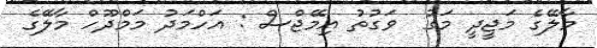
މާލޭގެ މަޖީދީ މަގު  ވަގުތު އިމޭޖްސް : އަހްމަދު މަމްދޫހް މާލޭގެ